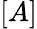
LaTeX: [A]